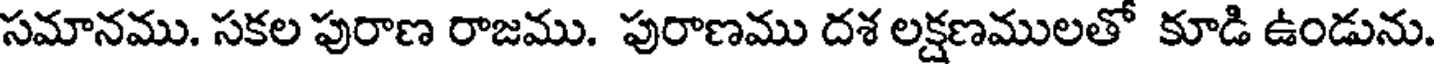
సమానము. సకల పురాణ రాజము. పురాణము దశ లక్షణములతో కూడి ఉండును.